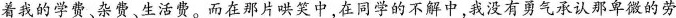
着我的学费。杂费、生活费。而在那片哄笑中，在同学的不解中，我没有勇气承认那卑微的劳